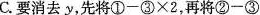
C.要消去y先将$$①-③\times 2$$，再将$$②-③$$